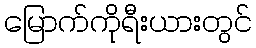
မြောက်ကိုရီးယားတွင်